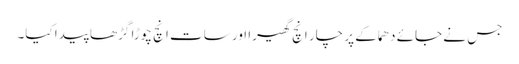
جس نے جائے دھماکے پر چار انچ گھیرا اور سات انچ چوڑا گڑھا پیدا کیا۔